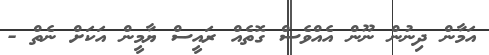
އަމާން ދިނުން ނޫން އެއްވެސް ގޮތެއް ރައީސް ޔާމީން އަކަށް ނެތް -